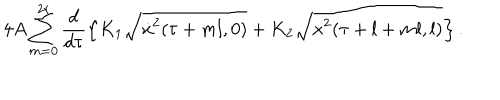
4 A \sum _ { m = 0 } ^ { 2 r } \frac { d } { d \tau } \left\{ K _ { 1 } \sqrt { \dot { x } ^ { 2 } ( \tau + m l , 0 ) } + K _ { 2 } \sqrt { x ^ { 2 } ( \tau + l + m l , l ) } \right\} .